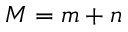
M = m + n